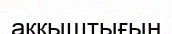
аққыштығын